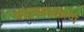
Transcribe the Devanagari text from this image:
चांद्रव्याकरण